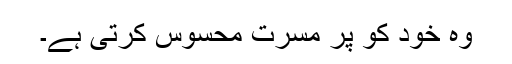
وہ خود کو پر مسرت محسوس کرتی ہے۔